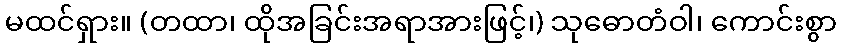
မထင်ရှား။ (တထာ၊ ထိုအခြင်းအရာအားဖြင့်၊) သုဓောတံဝါ၊ ကောင်းစွာ